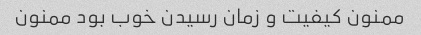
ممنون کیفیت و زمان رسیدن خوب بود ممنون